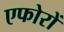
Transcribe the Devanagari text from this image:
एफोरों